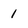
Character: 1